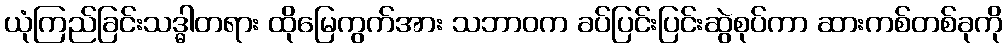
ယုံကြည်ခြင်းသဒ္ဓါတရား ထိုမြေကွက်အား သဘာဝက ခပ်ပြင်းပြင်းဆွဲစုပ်ကာ ဆားကစ်တစ်ခုကို